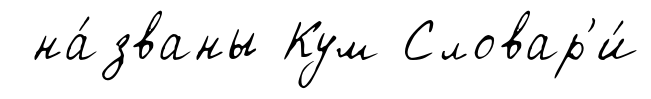
на́званы Кум Словар'и́